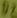
Text: D2